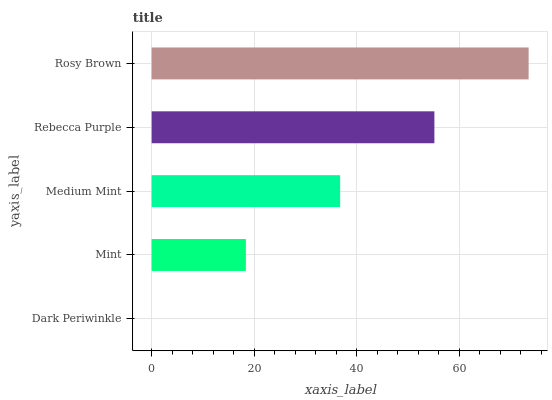
| yaxis_label | bars |
 | --- | --- |
 | Dark Periwinkle | 0 |
 | Mint | 18.4 |
 | Medium Mint | 36.8 |
 | Rebecca Purple | 55.2 |
 | Rosy Brown | 73.5 |